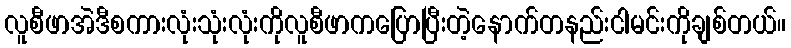
လူစီဖာအဲဒီစကားလုံးသုံးလုံးကိုလူစီဖာကပြောပြီးတဲ့နောက်တနည်းငါမင်းကိုချစ်တယ်။